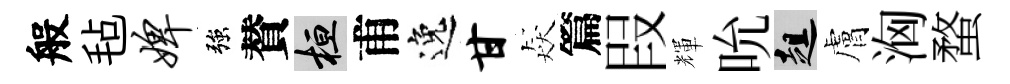
般毡婢強賛桓甫逸甘猋篇叚輝吮趄膚洶蝥